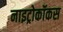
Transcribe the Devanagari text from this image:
नाइट्रोकॉकस